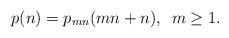
LaTeX: \begin{align*}p(n)=p_{mn}(mn+n), \enspace m \ge1.\end{align*}